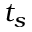
t _ { s }